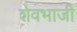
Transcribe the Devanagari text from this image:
शेवभाजी